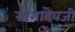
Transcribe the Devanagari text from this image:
गोगादेवजी